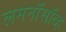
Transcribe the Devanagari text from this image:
लमनॉसॉव्ह